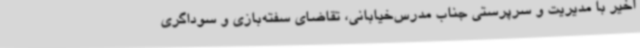
اخیر با مدیریت و سرپرستی جناب مدرس‌خیابانی، تقاضای سفته‌بازی و سوداگری